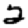
Digit: 2